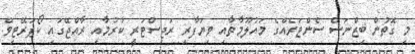
މި ގޮތުން ބިޒްނަސް ސެންޓަރެއްގެ މައުލޫމާތާއި ވިޔަފާރި ރަޖިސްޓަރީ ކުރުމާއި ރާއްޖޭގައި ކޯޕަރޭޓިވް